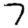
Digit: 7